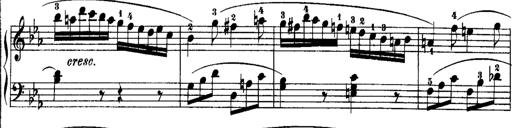
Title: Rondos and Sonatinas for Pianoforte
Composer: Daniel Steibelt